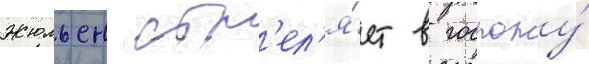
Жюльен стр'ел'я́ет в госпожу́